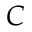
C